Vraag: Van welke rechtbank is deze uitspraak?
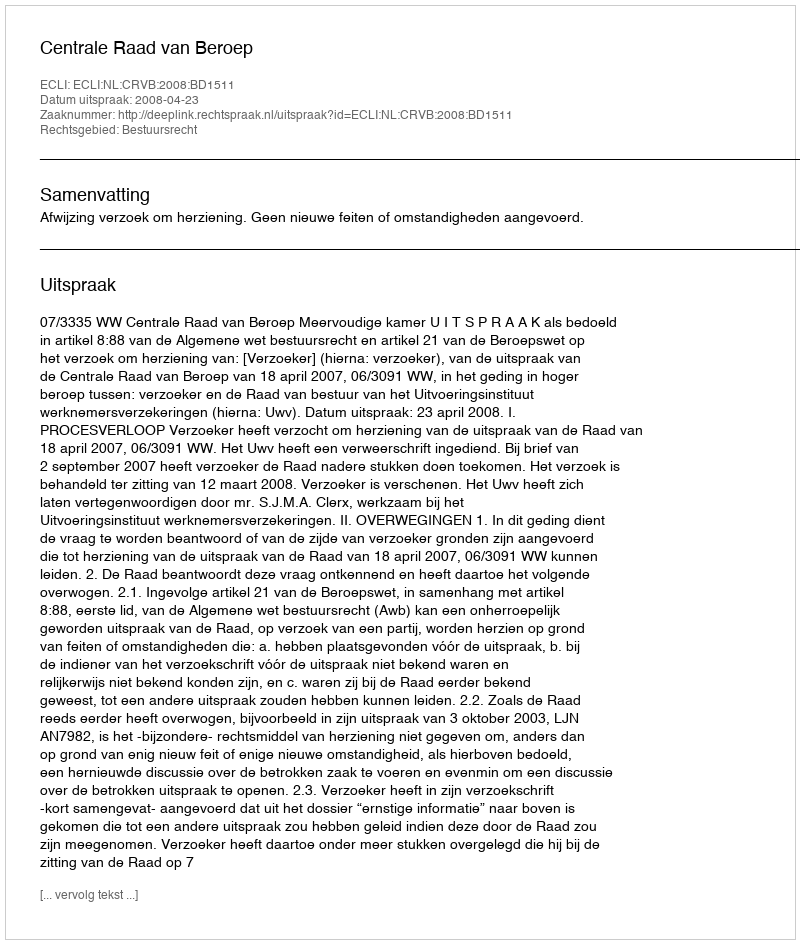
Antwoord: Centrale Raad van Beroep